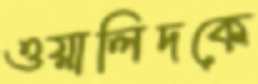
ওয়ালিদকে